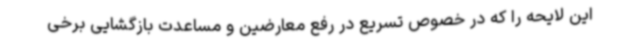
این لایحه را که در خصوص تسریع در رفع معارضین و مساعدت بازگشایی برخی